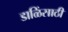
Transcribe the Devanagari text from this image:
डाळिंसाठी